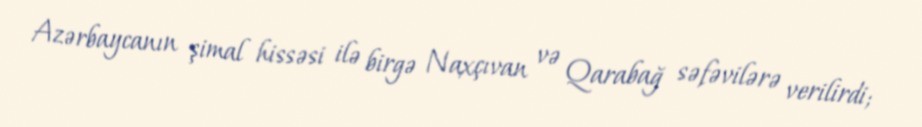
Azərbaycanın şimal hissəsi ilə birgə Naxçıvan və Qarabağ səfəvilərə verilirdi;